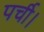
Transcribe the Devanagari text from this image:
पर्ची।